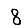
Digit: 8